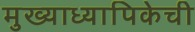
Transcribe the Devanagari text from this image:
मुख्याध्यापिकेची